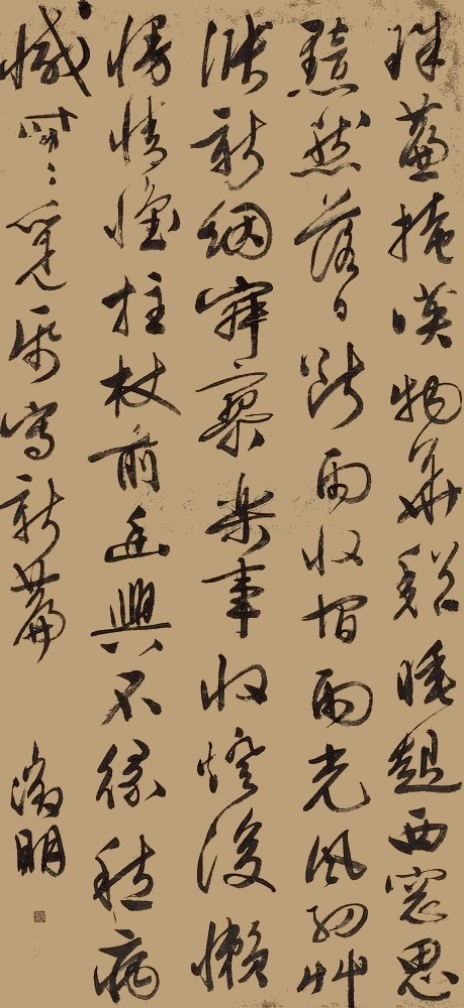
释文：珠廉掩映物华难，睡起西窗思黯然。落日断雨收宿雨，光风细草涨新烟。寂寥乐事收灯后，懒慢情怀柱杖前。幽兴不缘愁病憾，时时觅纸写新篇。征明。